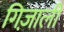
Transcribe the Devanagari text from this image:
गिज़ाली